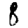
Digit: 8